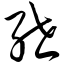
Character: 绁